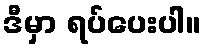
ဒီမှာ ရပ်ပေးပါ။